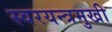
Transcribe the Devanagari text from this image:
स्वरयन्त्रमुखी